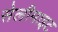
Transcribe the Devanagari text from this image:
सेलीमाइट